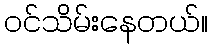
ဝင်သိမ်းနေတယ်။